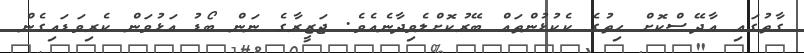
ގާތުގައި އާދޭސްކޮށް ހިތުގެ ކެކުޅުންތައް ބޭރުކޮށްލެވިދާނެއެވެ. ޖަޒީރާގެ ނަން ބޯޑު އަޅުވަން ކެރިވަޑައިގެން